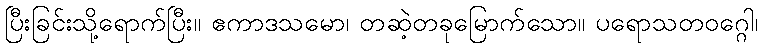
ပြီးခြင်းသို့ရောက်ပြီး။ ဧကာဒသမော၊ တဆဲ့တခုမြောက်သော။ ပရောသတဝဂ္ဂေါ၊